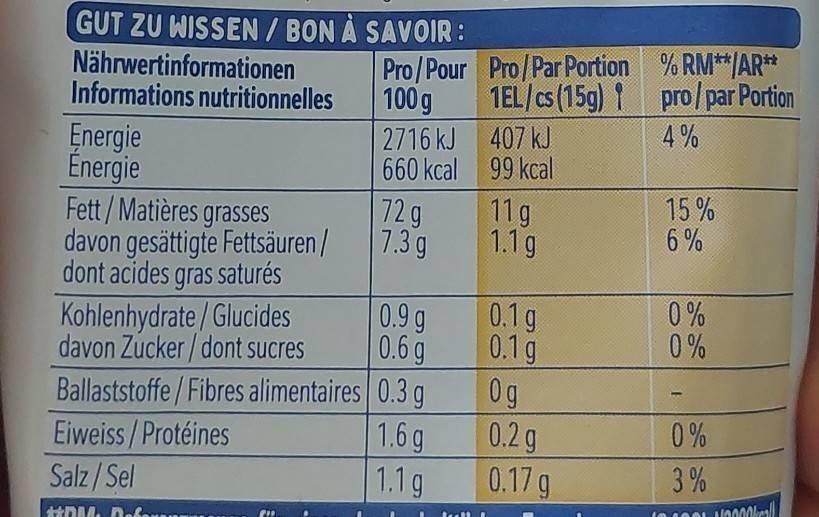
GUT ZU WISSEN / BON À SAVOIR:
Nährwertinformationen Informations nutritionnelles
Pro/Pour
100 g
Energie Énergie
Fett/Matières grasses davon gesättigte Fettsäuren / dont acides gras saturés
Kohlenhydrate/Glucides davon Zucker/dont sucres
Ballaststoffe/Fibres alimentaires
Eiweiss/Protéines
Salz/Sel
HOM
2716 kJ
660 kcal
72 g
7.3 g
0.9 g
0.6 g
0.3 g
1.6 g
1.1 g
Pro/Par Portion
1EL/cs (15g)
407 kJ
99 kcal
11g
1.1g
0.1 g
0.1g
Og
0.2 g
0.17 g
% RM**/AR** pro/par Portion
4%
15%
6%
0%
0%
0%
3%
10000